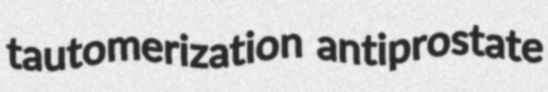
tautomerization antiprostate